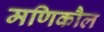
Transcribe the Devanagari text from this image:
मणिकौल